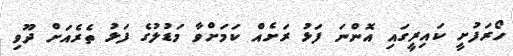
ހޯރަފުށީ ކައިރީގައި އޮންނަ ފަޅު ރަށެއް ކަމަށްވާ މަޑުލުގެ ފަޅު ތެރެއަށް ދޫވި